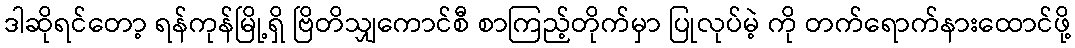
ဒါဆိုရင်တော့ ရန်ကုန်မြို့ရှိ ဗြိတိသျှကောင်စီ စာကြည့်တိုက်မှာ ပြုလုပ်မဲ့ ကို တက်ရောက်နားထောင်ဖို့